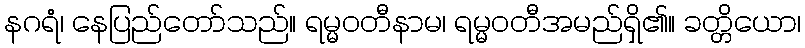
နဂရံ၊ နေပြည်တော်သည်။ ရမ္မဝတီနာမ၊ ရမ္မဝတီအမည်ရှိ၏။ ခတ္တိယော၊